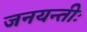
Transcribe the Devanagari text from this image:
जनयन्तीः